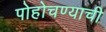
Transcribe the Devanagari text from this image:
पोहोचण्याची